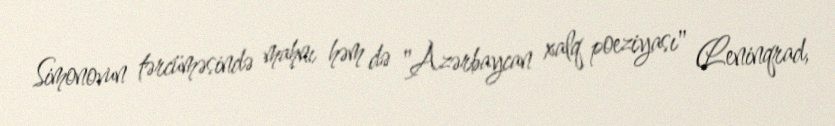
Simonovun tərcüməsində mahnı həm də "Azərbaycan xalq poeziyası" (Leninqrad,